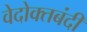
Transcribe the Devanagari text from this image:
वेदोक्तबंदी